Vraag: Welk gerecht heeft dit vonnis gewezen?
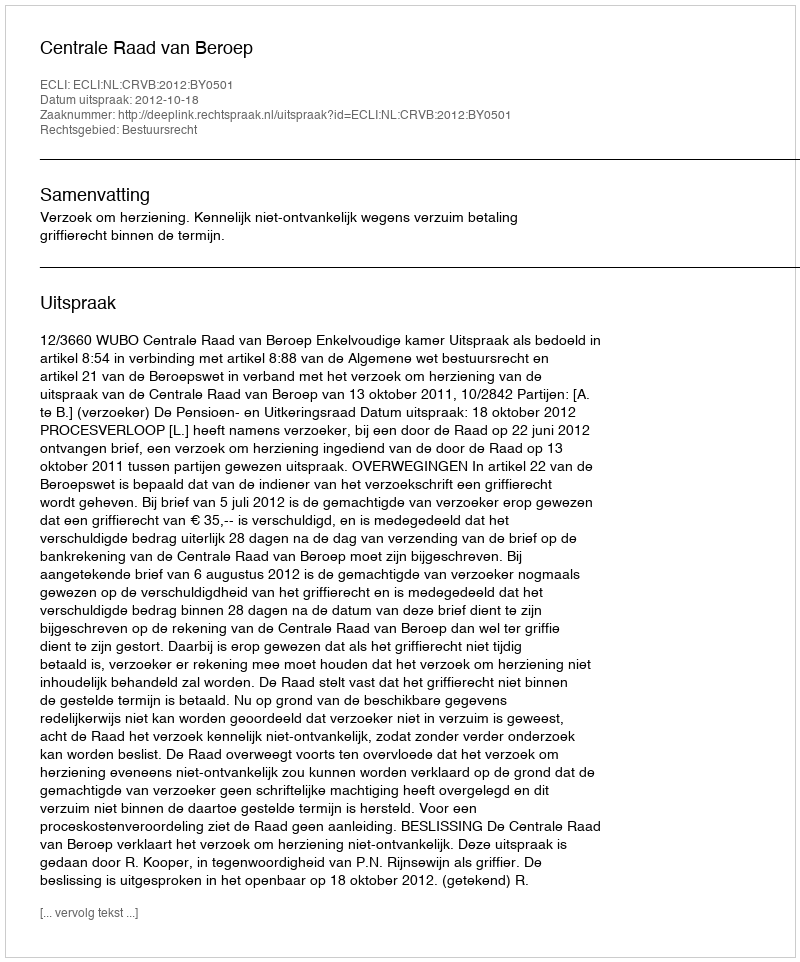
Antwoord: Centrale Raad van Beroep